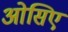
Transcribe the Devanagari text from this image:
ओसिए